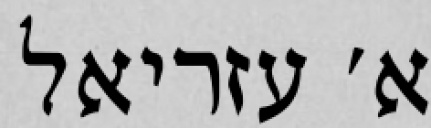
א׳ עזריאל